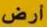
أرض